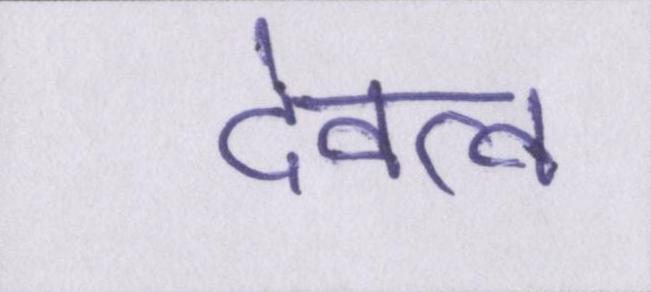
देवत्व